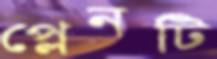
প্লেনটি